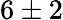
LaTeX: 6\pm 2